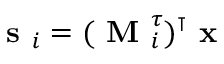
\textbf { s } _ { i } = ( \textbf { M } _ { i } ^ { \boldsymbol { \tau } } ) ^ { \intercal } \textbf { x }